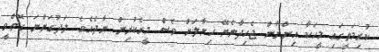
ކުރިމަތީގައި މީހަކާ އިންނާން ޖެހިދާނެޔޭ ޚިޔާލަށް ވެސް މީގެކުރިން ނާދެއެވެ. ލަދުގަންނަ ގޮތްވީ